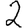
Digit: 2